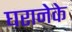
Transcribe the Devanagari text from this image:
घरानेके